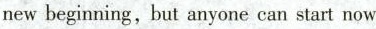
new beginning,but anyone can start now